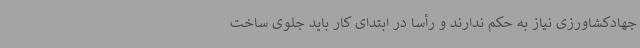
جهادکشاورزی ‌نیاز به ‌حکم ندارند و رأسا در ابتدای کار باید جلوی ساخت